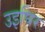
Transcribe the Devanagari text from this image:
उइघिर